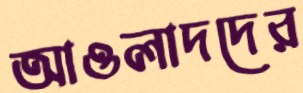
আওলাদদের